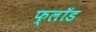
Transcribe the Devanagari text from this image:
फ्लॉड